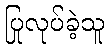
ပြုလုပ်ခဲ့သူ